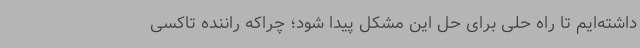
داشته‌ایم تا راه حلی برای حل این مشکل پیدا شود؛ چراکه راننده تاکسی